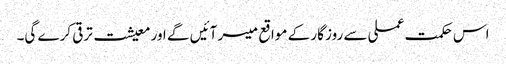
اس حکمت عملی سے روز گار کے مواقع میسر آئیں گے اور معیشت ترقی کرے گی۔